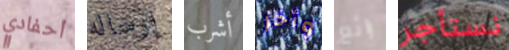
أحفادي إرساله أشرب وأخر رائع نستأجر